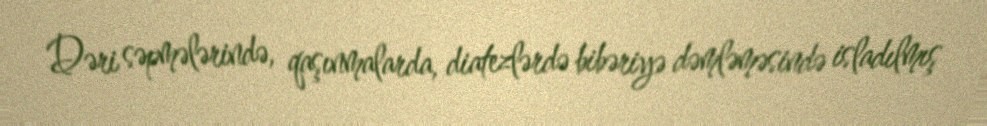
Dəri səpmələrində, qaşınmalarda, diatezlərdə bibəriyə dəmləməsində isladılmış